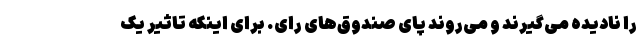
را نادیده می‌گیرند و می‌روند پای صندوق‌های رای. برای اینکه تاثیر یک